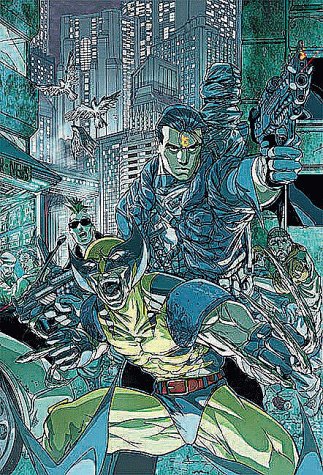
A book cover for Wolverine/Punisher: Revelation; Christopher Golden; Business & Money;